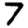
Digit: 7